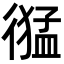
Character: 𢕙